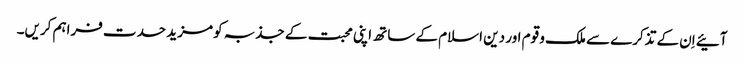
آئیے اِن کے تذکرے سے ملک و قوم اور دین اسلام کے ساتھ اپنی محبت کے جذبہ کو مزید حدت فراہم کریں۔